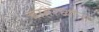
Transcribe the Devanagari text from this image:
बाहेरच्यांना